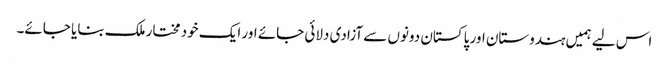
اس لیے ہمیں ہندوستان اور پاکستان دونوں سے آزادی دلائی جائے اور ایک خود مختار ملک بنایا جائے۔